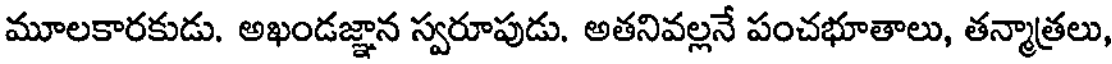
మూలకారకుడు. అఖండజ్ఞాన స్వరూపుడు. అతనివల్లనే పంచభూతాలు, తన్మాత్రలు,